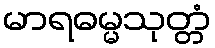
မာရဓမ္မသုတ္တံ